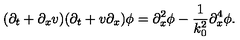
( \partial _ { t } + \partial _ { x } v ) ( \partial _ { t } + v \partial _ { x } ) \phi = \partial _ { x } ^ { 2 } \phi - \frac { 1 } { k _ { 0 } ^ { 2 } } \partial _ { x } ^ { 4 } \phi .